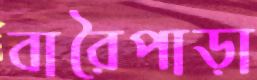
বারৈপাড়া